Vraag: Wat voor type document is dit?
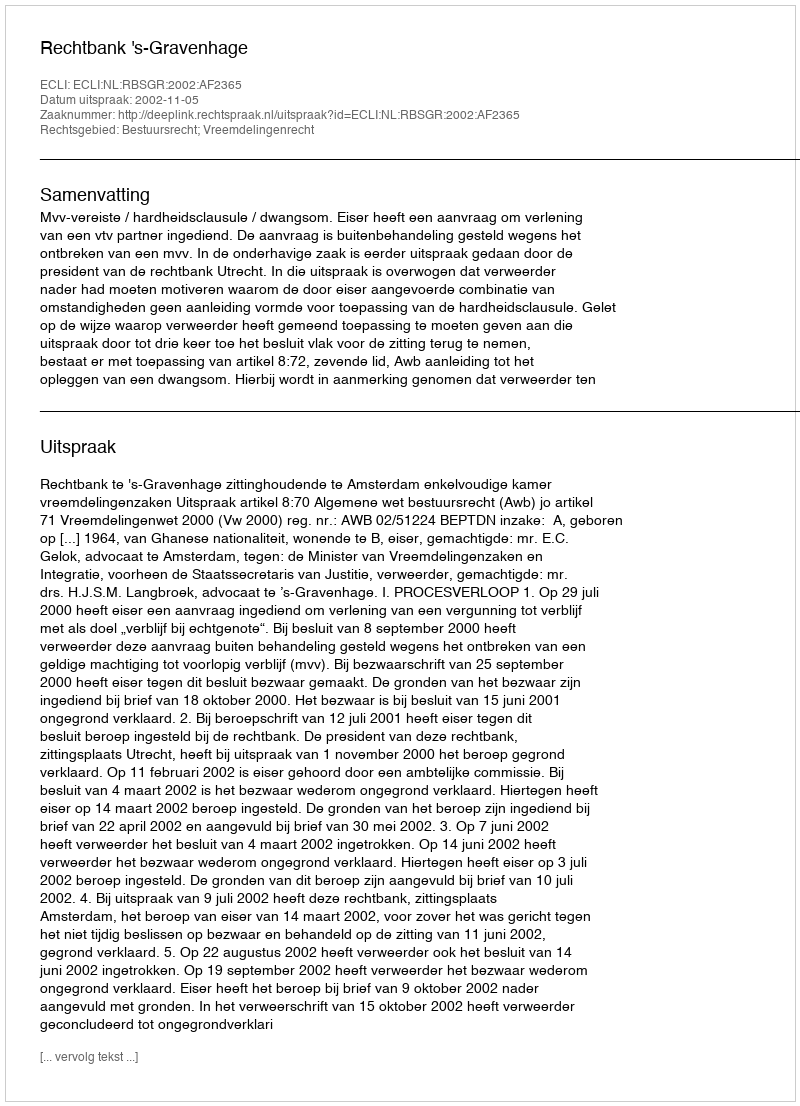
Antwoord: Uitspraak